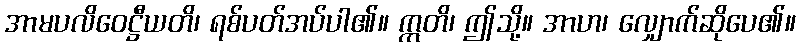
အာမပလိဝေဋ္ဌီယတိ၊ ရစ်ပတ်အပ်ပါ၏။ ဣတိ၊ ဤသို့။ အာဟ၊ လျှောက်ဆိုပေ၏။